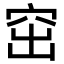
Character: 窋